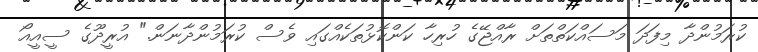
ކުރަމުންދާ މިފަދަ މަސައްކަތްތަށް ރާއްޖޭގެ ހުރިހާ ކަންކޮޅުތަކެއްގައި ވެސް ކުރަމުންދާނަން." އުރީދޫގެ ސީއީއޯ